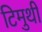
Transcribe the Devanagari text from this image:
टिमुथी